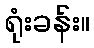
ရုံးခန်း။